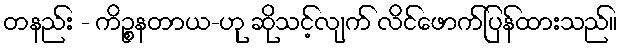
တနည်း - ကိဉ္စနတာယ-ဟု ဆိုသင့်လျက် လိင်ဖောက်ပြန်ထားသည်။